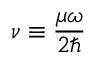
\nu \equiv { \frac { \mu \omega } { 2 \hbar } }